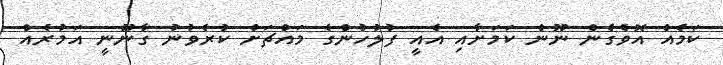
ކަމެއް އޮވެގެން ނޫން ކަމަށާއި އެއީ ފުލުހުންގެ މައްޗަށް ކުރެވުނު ގާނޫނީ އަމުރެއް